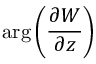
\mathrm { a r g } \left( { \frac { \partial { \cal W } } { \partial z } } \right)